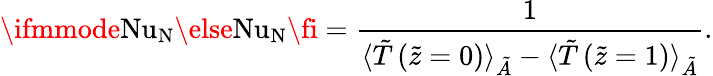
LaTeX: \ifmmode\mathrm{Nu}_{\textrm{N}}\else\mathrm{Nu}_{\textrm{N}}\fi=\frac{1}{\langle\tilde{T}\left(\tilde{z}=0\right)\rangle_{\tilde{A}}-\langle\tilde{T}\left(\tilde{z}=1\right)\rangle_{\tilde{A}}}.